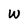
Character: W